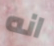
انه